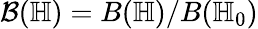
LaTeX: \mathcal B(\mathbb H)=B(\mathbb H)/B(\mathbb H_{0})